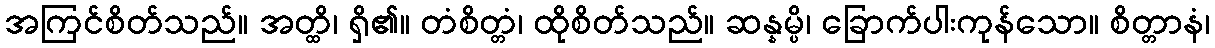
အကြင်စိတ်သည်။ အတ္ထိ၊ ရှိ၏။ တံစိတ္တံ၊ ထိုစိတ်သည်။ ဆန္နမ္ပိ၊ ခြောက်ပါးကုန်သော။ စိတ္တာနံ၊